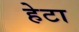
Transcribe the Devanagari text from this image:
हेटा